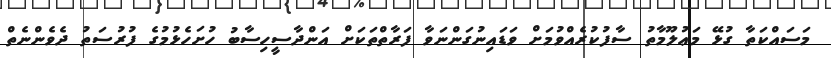
މަސައްކަތާ ގުޅޭ މަޢުލޫމާތު ސާފުކުރެއްވުމަށް ވަޑައިނުގަންނަވާ ފަރާތްތަކަށް އަންދާސީހިސާބު ހުށަހެޅުމުގެ ފުރުސަތު ދެވެންނެތް